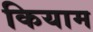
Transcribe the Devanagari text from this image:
कियाम